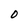
Character: O